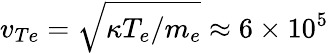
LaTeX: v_{Te}=\sqrt{\kappa T_{e}/m_{e}}\approx 6\times 10^{5}